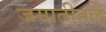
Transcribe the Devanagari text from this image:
जमातीतले